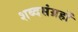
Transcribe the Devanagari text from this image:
शब्दसंग्रहों